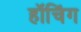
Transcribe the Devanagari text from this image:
हॉचिंग